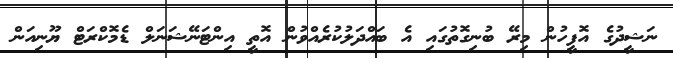
ނަޝީދުގެ އޮފީހުން މިރޭ ބުނިގޮތުގައި އެ ބައްދަލުކުރެއްވުން އޮތީ އިންޓަނޭޝަނަލް ޑެމޮކްރަޓް ޔޫނިއަން